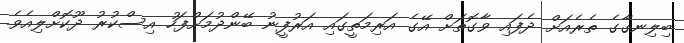
ބިލިނގާގެ ތެރެއަށް ދެފައި ވާގޮތަށް އޭގެ އަރިމަތީގައި އަރުފީނު ބޭންދުމަށްފަހު އިސްކުރު ދޫކޮށްލިއެވެ.